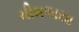
ચીમળાયા